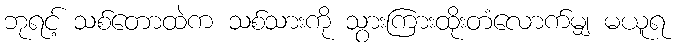
ဘုရင့် သစ်တောထဲက သစ်သားကို သွားကြားထိုးတံလောက်မျှ မယူရ